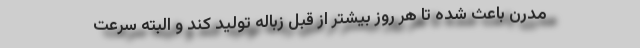
مدرن باعث شده تا هر روز بیشتر از قبل زباله تولید کند و البته سرعت